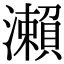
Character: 瀨